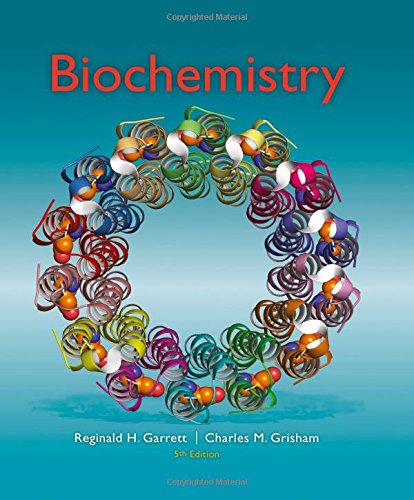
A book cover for Biochemistry; Reginald H. Garrett; Engineering & Transportation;